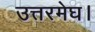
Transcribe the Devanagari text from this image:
उत्तरमेघ।